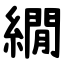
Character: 繝